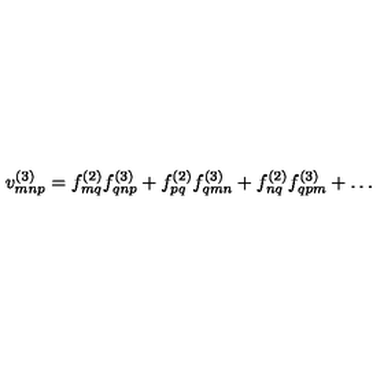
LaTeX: v _ { m n p } ^ { ( 3 ) } = f _ { m q } ^ { ( 2 ) } f _ { q n p } ^ { ( 3 ) } + f _ { p q } ^ { ( 2 ) } f _ { q m n } ^ { ( 3 ) } + f _ { n q } ^ { ( 2 ) } f _ { q p m } ^ { ( 3 ) } + \ldots